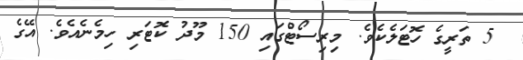
5 ތަރީގެ ހޮޓަލެކެވެ. މިރިސޯޓްގައި 150 މޫދު ކޮޓަރި ހިމެނެއެވެ. އޭގެ